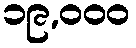
၁၉,၀၀၀